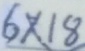
6 \times 1 8